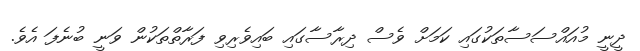
ދީނީ މުއައްސަސާތަކުގައި ކަމަށް ވެސް ދިރާސާގައި ބައިވެރިވި ފަރާތްތަކުން ވަނީ ބުނެފަ އެވެ.